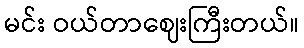
မင်း ဝယ်တာဈေးကြီးတယ်။